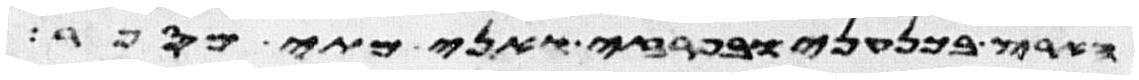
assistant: הארץ בכנעני ובפרזי ואני מתי מספר